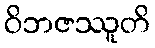
ဝိဘဇဿူတိ